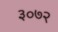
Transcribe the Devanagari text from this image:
३०७२